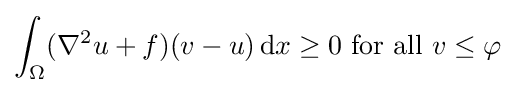
\int _{\Omega }(\nabla ^{2}u+f)(v-u)\,\mathrm {d} x\geq 0{\text{ for all }}v\leq \varphi